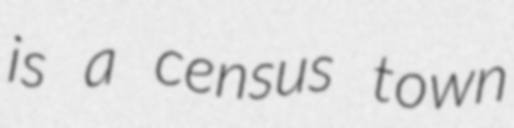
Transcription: is a census town